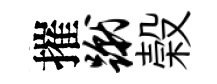
摧蹴榖